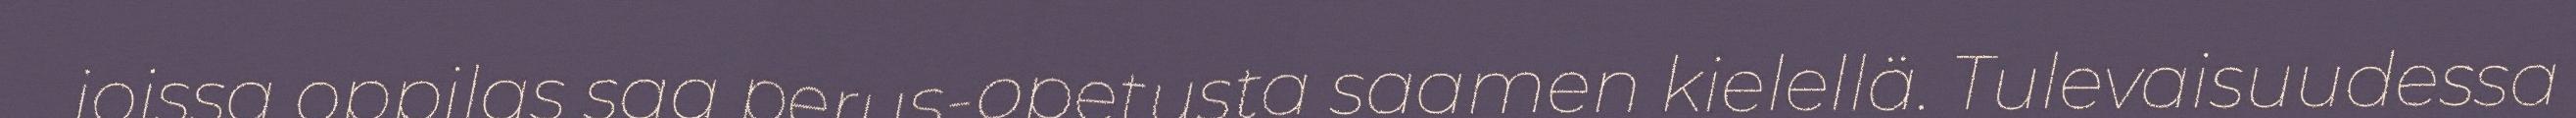
joissa oppilas saa perus-opetusta saamen kielellä. Tulevaisuudessa